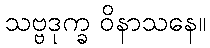
သဗ္ဗဒုက္ခ ဝိနာသနေ။